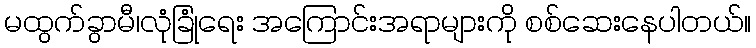
မထွက်ခွာမီ၊လုံခြုံရေး အကြောင်းအရာများကို စစ်ဆေးနေပါတယ်။